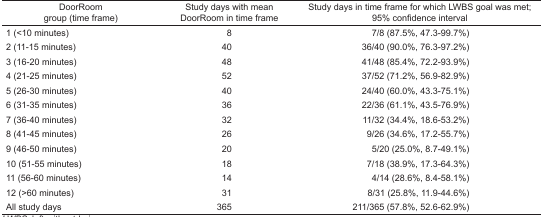
<table><thead><tr><td><b>DoorRoom group (time frame)</b></td><td><b>Study days with mean DoorRoom in time frame</b></td><td><b>Study days in time frame for which LWBS goal was met; 95% confidence interval</b></td></tr></thead><tbody><tr><td>1 (&lt;10 minutes)</td><td>8</td><td>7/8 (87.5%, 47.3–99.7%)</td></tr><tr><td>2 (11–15 minutes)</td><td>40</td><td>36/40 (90.0%, 76.3–97.2%)</td></tr><tr><td>3 (16–20 minutes)</td><td>48</td><td>41/48 (85.4%, 72.2–93.9%)</td></tr><tr><td>4 (21–25 minutes)</td><td>52</td><td>37/52 (71.2%, 56.9–82.9%)</td></tr><tr><td>5 (26–30 minutes)</td><td>40</td><td>24/40 (60.0%, 43.3–75.1%)</td></tr><tr><td>6 (31–35 minutes)</td><td>36</td><td>22/36 (61.1%, 43.5–76.9%)</td></tr><tr><td>7 (36–40 minutes)</td><td>32</td><td>11/32 (34.4%, 18.6–53.2%)</td></tr><tr><td>8 (41–45 minutes)</td><td>26</td><td>9/26 (34.6%, 17.2–55.7%)</td></tr><tr><td>9 (46–50 minutes)</td><td>20</td><td>5/20 (25.0%, 8.7–49.1%)</td></tr><tr><td>10 (51–55 minutes)</td><td>18</td><td>7/18 (38.9%, 17.3–64.3%)</td></tr><tr><td>11 (56–60 minutes)</td><td>14</td><td>4/14 (28.6%, 8.4–58.1%)</td></tr><tr><td>12 (&gt;60 minutes)</td><td>31</td><td>8/31 (25.8%, 11.9–44.6%)</td></tr><tr><td>All study days</td><td>365</td><td>211/365 (57.8%, 52.6–62.9%)</td></tr></tbody></table>